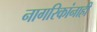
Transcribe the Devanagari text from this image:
नागरिकांनाही